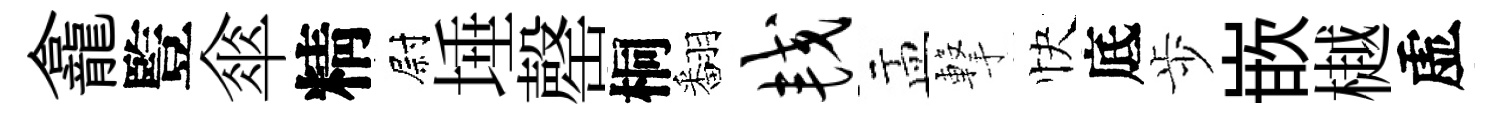
龕䜿傘精尉埵罄桐翻较盂撃快底歩嵌樾虚